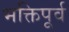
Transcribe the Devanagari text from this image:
भक्तिपूर्व